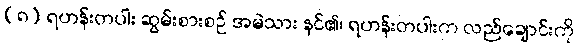
(၈) ရဟန်းတပါး ဆွမ်းစားစဉ် အမဲသား နင်၏၊ ရဟန်းတပါးက လည်ချောင်းကို